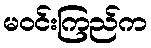
မဝင်းကြည်က